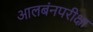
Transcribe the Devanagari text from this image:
आलबंनपरीक्षा